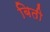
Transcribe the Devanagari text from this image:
बिती